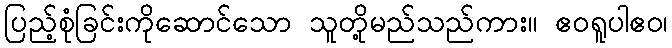
ပြည့်စုံခြင်းကိုဆောင်သော သူတို့မည်သည်ကား။ ဧဝရူပါဧဝ၊